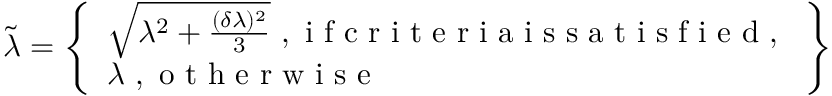
\widetilde { \lambda } = \left\{ \begin{array} { l } { \sqrt { \lambda ^ { 2 } + \frac { ( \delta \lambda ) ^ { 2 } } { 3 } } \mathrm { ~ , ~ i ~ f ~ c ~ r ~ i ~ t ~ e ~ r ~ i ~ a ~ i ~ s ~ s ~ a ~ t ~ i ~ s ~ f ~ i ~ e ~ d ~ , ~ } } \\ { \lambda \mathrm { ~ , ~ o ~ t ~ h ~ e ~ r ~ w ~ i ~ s ~ e ~ } } \end{array} \right\}